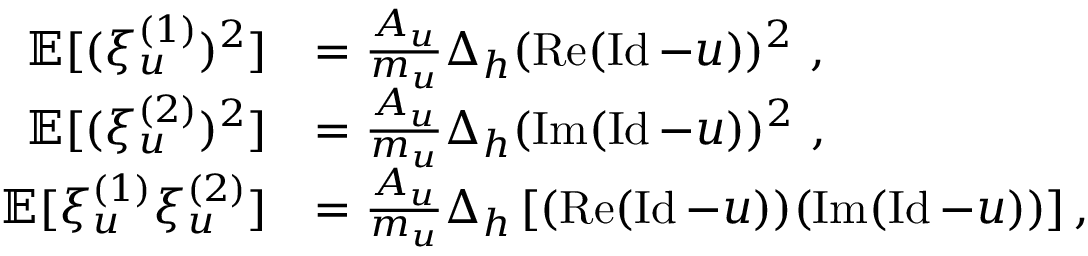
\begin{array} { r l } { \mathbb { E } [ ( \xi _ { u } ^ { ( 1 ) } ) ^ { 2 } ] } & { = \frac { A _ { u } } { m _ { u } } \Delta _ { h } ( \operatorname { R e } ( \operatorname { I d } - u ) ) ^ { 2 } \ , } \\ { \mathbb { E } [ ( \xi _ { u } ^ { ( 2 ) } ) ^ { 2 } ] } & { = \frac { A _ { u } } { m _ { u } } \Delta _ { h } ( \operatorname { I m } ( \operatorname { I d } - u ) ) ^ { 2 } \ , } \\ { \mathbb { E } [ \xi _ { u } ^ { ( 1 ) } \xi _ { u } ^ { ( 2 ) } ] } & { = \frac { A _ { u } } { m _ { u } } \Delta _ { h } \left[ ( \operatorname { R e } ( \operatorname { I d } - u ) ) ( \operatorname { I m } ( \operatorname { I d } - u ) ) \right] , \ } \end{array}